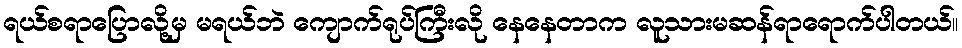
ရယ်စရာပြောလို့မှ မရယ်ဘဲ ကျောက်ရုပ်ကြီးလို နေနေတာက လူသားမဆန်ရာရောက်ပါတယ်။